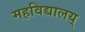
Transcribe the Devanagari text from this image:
महविद्यालय्